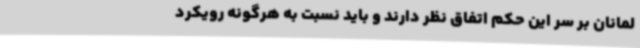
لمانان بر سر این حکم اتفاق نظر دارند و باید نسبت به هرگونه رویکرد